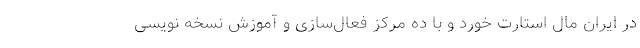
در ایران مال استارت خورد و با ده مرکز فعال‌سازی و آموزش نسخه نویسی